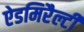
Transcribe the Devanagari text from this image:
ऐडमिरैल्टी